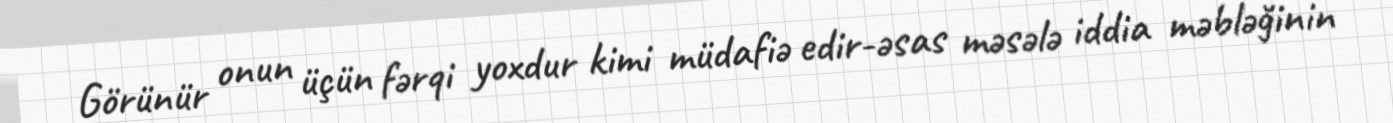
Görünür onun üçün fərqi yoxdur kimi müdafiə edir-əsas məsələ iddia məbləğinin